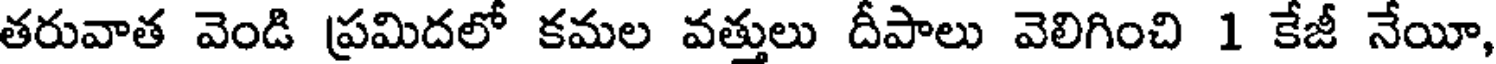
తరువాత వెండి ప్రమిదలో కమల వత్తులు దీపాలు వెలిగించి 1 కేజీ నేయీ,